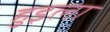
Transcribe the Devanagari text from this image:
हुइला